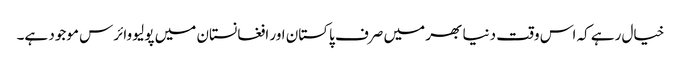
خیال رہے کہ اس وقت دنیا بھر میں صرف پاکستان اور افغانستان میں پولیو وائرس موجود ہے۔